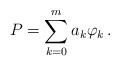
LaTeX: \begin{align*}P=\sum_{k=0}^{ m}a_{k}\varphi_{k}\,.\end{align*}